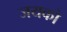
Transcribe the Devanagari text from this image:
जयको